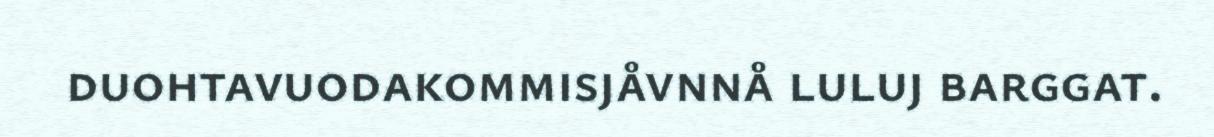
duohtavuodakommisjåvnnå luluj barggat.